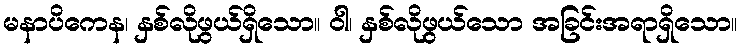
မနာပိကေန၊ နှစ်လိုဖွယ်ရှိသော။ ဝါ၊ နှစ်လိုဖွယ်သော အခြင်းအရာရှိသော။